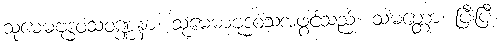
သုမေဓဗုဒ္ဓဝံသဝဏ္ဏနာ၊ သုမေဓာဗုဒ္ဓဝံသအဖွင့်သည်။ သမတ္တော၊ ပြီးပြီ။